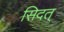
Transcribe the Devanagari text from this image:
सिदत्